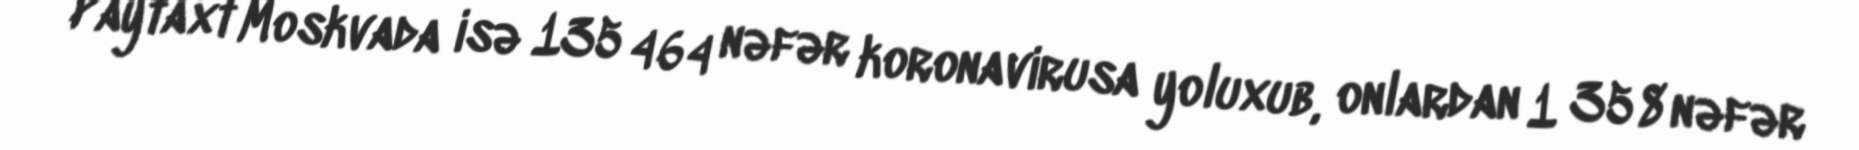
Paytaxt Moskvada isə 135 464 nəfər koronavirusa yoluxub, onlardan 1 358 nəfər